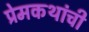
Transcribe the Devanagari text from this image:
प्रेमकथांची